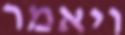
ויאמר